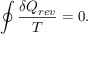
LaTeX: \oint { \frac { \delta Q _ { r e v } } { T } } = 0 .